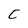
Character: C